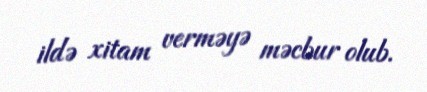
ildə xitam verməyə məcbur olub.